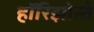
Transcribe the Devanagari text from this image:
हॉरिझोन्ते